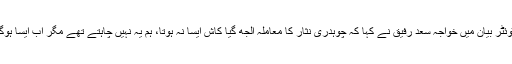
اپنے ٹوئٹر بیان میں خواجہ سعد رفیق نے کہا کہ چوہدری نثار کا معاملہ الجھ گیا کاش ایسا نہ ہوتا، ہم یہ نہیں چاہتے تھے مگر اب ایسا ہوگیا ہے۔